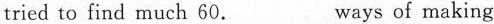
tried to find much 60.___ Ways of making